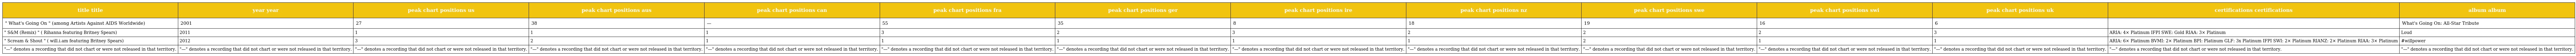
| title title | year year | peak chart positions us | peak chart positions aus | peak chart positions can | peak chart positions fra | peak chart positions ger | peak chart positions ire | peak chart positions nz | peak chart positions swe | peak chart positions swi | peak chart positions uk | certifications certifications | album album |
 | --- | --- | --- | --- | --- | --- | --- | --- | --- | --- | --- | --- | --- | --- |
 | " What's Going On " (among Artists Against AIDS Worldwide) | 2001 | 27 | 38 | — | 55 | 35 | 8 | 18 | 19 | 16 | 6 |  | What's Going On: All-Star Tribute |
 | " S&M (Remix) " ( Rihanna featuring Britney Spears) | 2011 | 1 | 1 | 1 | 3 | 2 | 3 | 2 | 2 | 2 | 3 | ARIA: 4× Platinum IFPI SWE: Gold RIAA: 3× Platinum | Loud |
 | " Scream & Shout " ( will.i.am featuring Britney Spears) | 2012 | 3 | 2 | 1 | 1 | 1 | 1 | 1 | 2 | 1 | 1 | ARIA: 6× Platinum BVMI: 2× Platinum BPI: Platinum GLF: 3x Platinum IFPI SWI: 2× Platinum RIANZ: 2× Platinum RIAA: 3× Platinum | #willpower |
 | "—" denotes a recording that did not chart or were not released in that territory. | "—" denotes a recording that did not chart or were not released in that territory. | "—" denotes a recording that did not chart or were not released in that territory. | "—" denotes a recording that did not chart or were not released in that territory. | "—" denotes a recording that did not chart or were not released in that territory. | "—" denotes a recording that did not chart or were not released in that territory. | "—" denotes a recording that did not chart or were not released in that territory. | "—" denotes a recording that did not chart or were not released in that territory. | "—" denotes a recording that did not chart or were not released in that territory. | "—" denotes a recording that did not chart or were not released in that territory. | "—" denotes a recording that did not chart or were not released in that territory. | "—" denotes a recording that did not chart or were not released in that territory. | "—" denotes a recording that did not chart or were not released in that territory. | "—" denotes a recording that did not chart or were not released in that territory. |